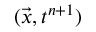
( \vec { x } , t ^ { n + 1 } )